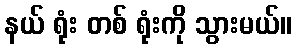
နယ် ရုံး တစ် ရုံးကို သွားမယ်။